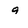
Character: 9